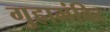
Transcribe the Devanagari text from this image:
गुहामंदिर